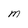
Character: M